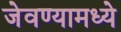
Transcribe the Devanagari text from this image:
जेवण्यामध्ये